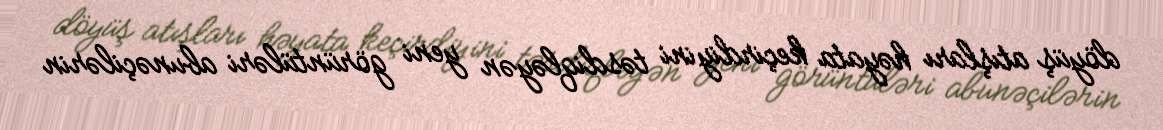
döyüş atışları həyata keçirdiyini təsdiqləyən yeni görüntüləri abunəçilərin